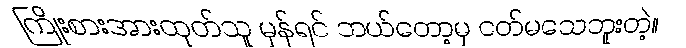
ကြိုးစားအားထုတ်သူ မှန်ရင် ဘယ်တော့မှ ငတ်မသေဘူးတဲ့။